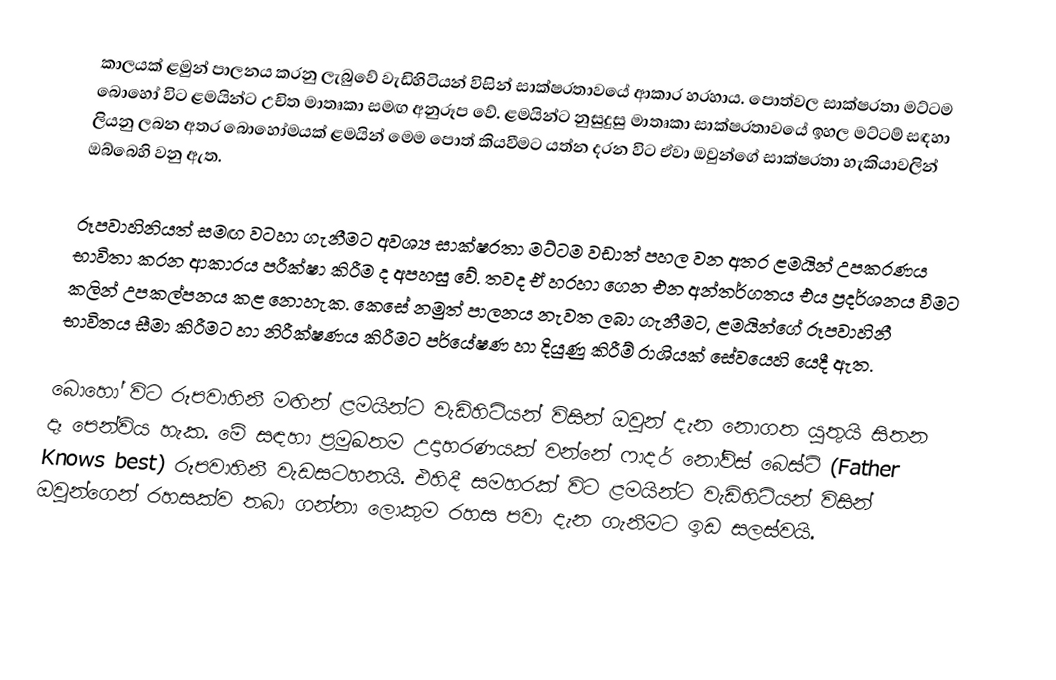
කාලයක් ළමුන් පාලනය කරනු ලැ‍බුවේ වැඩිහිටියන් විසින් සාක්ෂරතාවයේ ආකාර හරහාය. පොත්වල සාක්ෂරතා මට්ටම බොහෝ විට ළමයින්ට උචිත මාතෘකා සමඟ අනුරූප වේ. ළමයින්ට නුසුදුසු මාතෘකා සාක්ෂරතාවයේ ඉහල මට්ටම් සඳහා ලියනු ලබන අතර බොහෝමයක් ළමයින් මෙම පොත් කියවීමට යත්න දරන විට ඒවා ඔවුන්ගේ සාක්ෂරතා හැකියාවලින් ඔබ්බෙහි වනු ඇත.

රූපවාහිනියත් සමඟ වටහා ගැනීමට අවශ්‍ය සාක්ෂරතා මට්ටම වඩාත් පහල වන අතර ළමයින් උපකරණය භාවිතා කරන ආකාරය පරීක්ෂා කිරීම ද අපහසු වේ. තවද ඒ හරහා ගෙන එන අන්තර්ගතය එය ප්‍රදර්ශනය වීමට කලින් උපකල්පනය කළ නොහැක. කෙසේ නමුත් පාලනය නැවත ලබා ගැනීමට, ළමයින්ගේ රූපවාහිනී භාවිතය සීමා කිරීමට හා නිරීක්ෂණය කිරීමට පර්යේෂණ හා දියුණු කිරීම් රාශියක් සේවයෙහි යෙදී ඇත.

බොහෝ විට රූපවාහිනී මඟින් ළමයින්ට වැඩිහිටියන් විසින් ඔවුන් දැන නොගත යුතුයි සිතන දෑ පෙන්විය හැක. මේ සඳහා ප්‍රමුඛතම උදාහරණයක් වන්නේ ෆාදර් ‍නෝව්ස් බෙස්ට් (Father Knows best) රූපවාහිනී වැඩසටහනයි. එහිදී සමහරක් විට ළමයින්ට වැඩිහිටියන් විසින් ඔවුන්ගෙන් රහසක්ව තබා ගන්නා ලොකුම රහස පවා දැන ගැනීමට ඉඩ සලස්වයි.